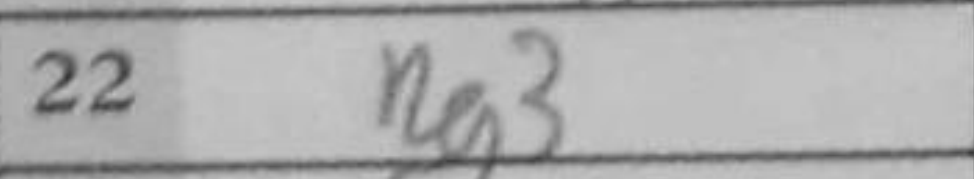
Transcription: Rg3